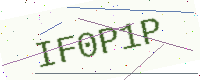
Text: IF0P1P